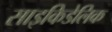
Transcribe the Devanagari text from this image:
साइकिडेलिक